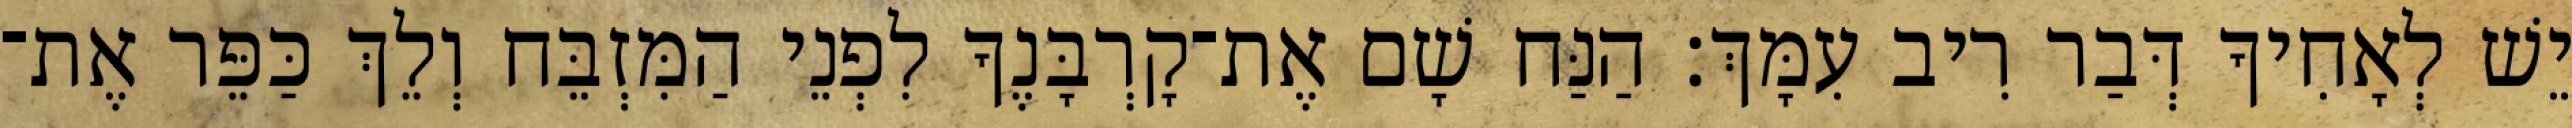
יֵשׁ לְאָחִיךָ דְּבַר רִיב עִמָּךְ׃ הַנַּח שָׁם אֶת־קָרְבָּנֶךָ לִפְנֵי הַמִּזְבֵּח וְלֵךְ כַּפֵּר אֶת־